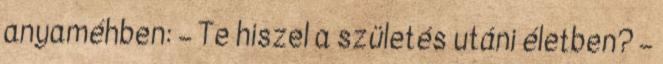
anyaméhben: – Te hiszel a születés utáni életben? –